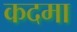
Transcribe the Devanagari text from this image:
कदमा